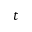
t